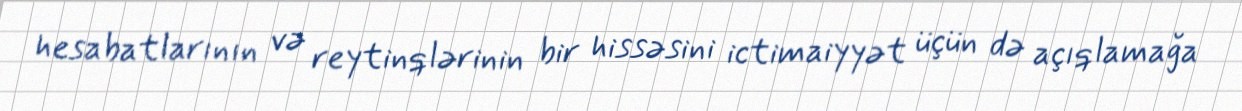
hesabatlarının və reytinqlərinin bir hissəsini ictimaiyyət üçün də açıqlamağa